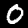
Digit: 0